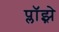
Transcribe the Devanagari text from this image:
प्लॉझ़े